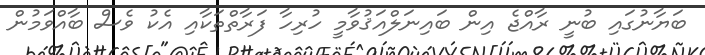
ބަޔާނުގައި ބުނީ ރާއްޖެ އިން ބައިނަލްއަޤުވާމީ ހުރިހާ ފަރާތްތަކާއި އެކު ވެސް ބާއްވަމުން